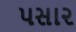
૫સા૨